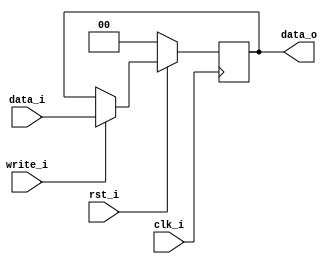
//Subject:     CO project 4
//--------------------------------------------
//Student: 0411276 Chen Yi An
//Student: 0413335 Kuo Yi Lin
//--------------------------------------------
module Pipe_Reg(
    clk_i,
	rst_i,
	write_i, 
	data_i,
	data_o
	);

parameter size = 0;

input					clk_i;		  
input					rst_i;
input 					write_i;
input		[size-1: 0]	data_i;
output reg	[size-1: 0]	data_o;

always @(posedge clk_i) begin
    if(~rst_i) //rst_i == 0 means clear
        data_o <= 0;
	else if( write_i ==1'b0)
		data_o <= data_o;
    else
        data_o <= data_i;
end

endmodule